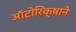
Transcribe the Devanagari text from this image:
ऑटोरिक्षाने